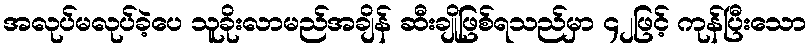
အလုပ်မလုပ်ခဲ့ပေ သူခိုးလာမည်အချိန် ဆီးချိုဖြစ်ရသည်မှာ ၄၂ဖြင့် ကုန်ပြီးသော